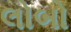
લોબો